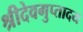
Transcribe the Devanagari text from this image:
श्रीदेवगुप्तादय